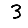
Digit: 3